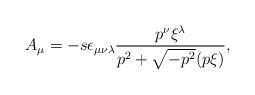
LaTeX: \begin{align*}A_{\mu}=-s\epsilon_{\mu\nu\lambda}\frac{p^{\nu}\xi^{\lambda}}{p^{2}+\sqrt{-p^{2}}(p\xi)},\end{align*}